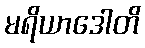
မရိယာဒေါတိ